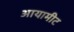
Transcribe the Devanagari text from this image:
आयामीट